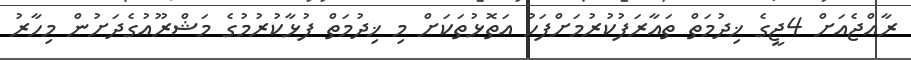
ރާއްޖެއަށް 4ޖީގެ ޚިދުމަތް ތައާރަފުކުރުމަށްފަހު އަތޮޅުތަކަށް މި ޚިދުމަތް ފުޅާކުރުމުގެ މަޝްރޫއުގެދަށުން މިހާރު